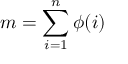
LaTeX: m = \sum _ { i = 1 } ^ { n } \phi ( i )